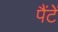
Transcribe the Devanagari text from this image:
पैंटें